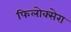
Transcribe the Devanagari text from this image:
फिलोक्सेरा